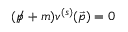
( { p \! \! \! / } + m ) v ^ { ( s ) } ( { \vec { p } } ) = 0